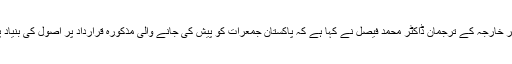
پاکستان کے دفترِ خارجہ کے ترجمان ڈاکٹر محمد فیصل نے کہا ہے کہ پاکستان جمعرات کو پیش کی جانے والی مذکورہ قرارداد پر اصول کی بنیاد پر ووٹ دے گا۔